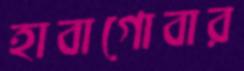
হাবাগোবার